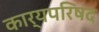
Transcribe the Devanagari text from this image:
कार्यपरिषद